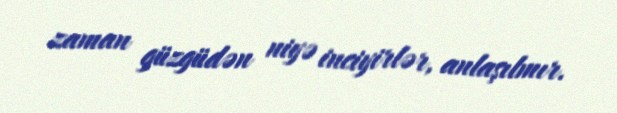
zaman güzgüdən niyə inciyirlər, anlaşılmır.